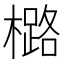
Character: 㯝